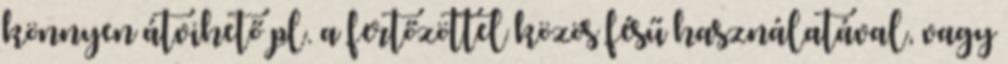
könnyen átvihető pl. a fertőzöttel közös fésű használatával, vagy